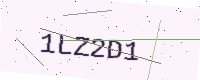
Text: 1LZ2D1